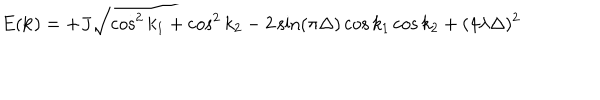
E ( { \bf k } ) = + J \sqrt { \cos ^ { 2 } k _ { 1 } + \cos ^ { 2 } k _ { 2 } - 2 \sin ( \pi \Delta ) \cos k _ { 1 } \cos k _ { 2 } + ( 4 \lambda \Delta ) ^ { 2 } }